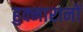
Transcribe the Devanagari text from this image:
हुक्मारानों